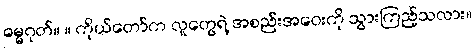
ဓမ္မဂုတ်။ ။ ကိုယ်တော်က လူတွေရဲ့ အစည်းအဝေးကို သွားကြည့်သလား။